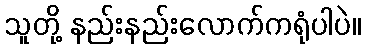
သူတို့ နည်းနည်းလောက်ကရုံပါပဲ။